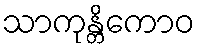
သာကုန္တိကောဝ